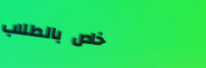
خاص بالطلاب